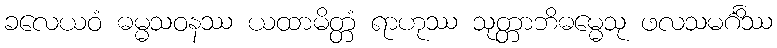
ခလေယဝံ ဓမ္မသဝနဿ ယထာမိတ္တံ ရာဟုဿ သုတ္တာဘိဓမ္မေသု ဖလသမင်္ဂိဿ